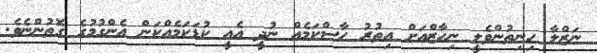
ނަޒްލާ ހިނިތުންވެލީ ނިހާޒްއަށް އިތުރު ހާސްކަމެއް ނުދީ އެއީ ކުޑަކަމެއްކަން އެންގުމުގެ ގޮތުންނެވެ.